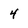
Character: 4